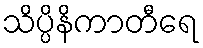
သိပ္ပိနိကာတီရေ